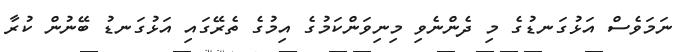
ނަމަވެސް އަޅުގަނޑުގެ މި ދެންނެވި މިނިވަންކަމުގެ އިމުގެ ތެރޭގައި އަޅުގަނޑު ބޭނުން ކުރާ